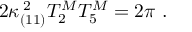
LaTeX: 2 \kappa _ { ( 1 1 ) } ^ { \; 2 } T _ { 2 } ^ { M } T _ { 5 } ^ { M } = 2 \pi \ .